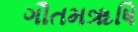
ગૌતમૠષિ